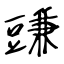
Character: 豏